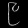
Digit: ၉